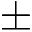
\pm